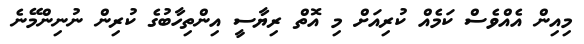
މިއިން އެއްވެސް ކަމެއް ކުރިއަށް މި އޮތް ރިޔާސީ އިންތިހާބުގެ ކުރިން ނުނިންމޭނެ